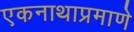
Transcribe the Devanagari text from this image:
एकनाथाप्रमाणे